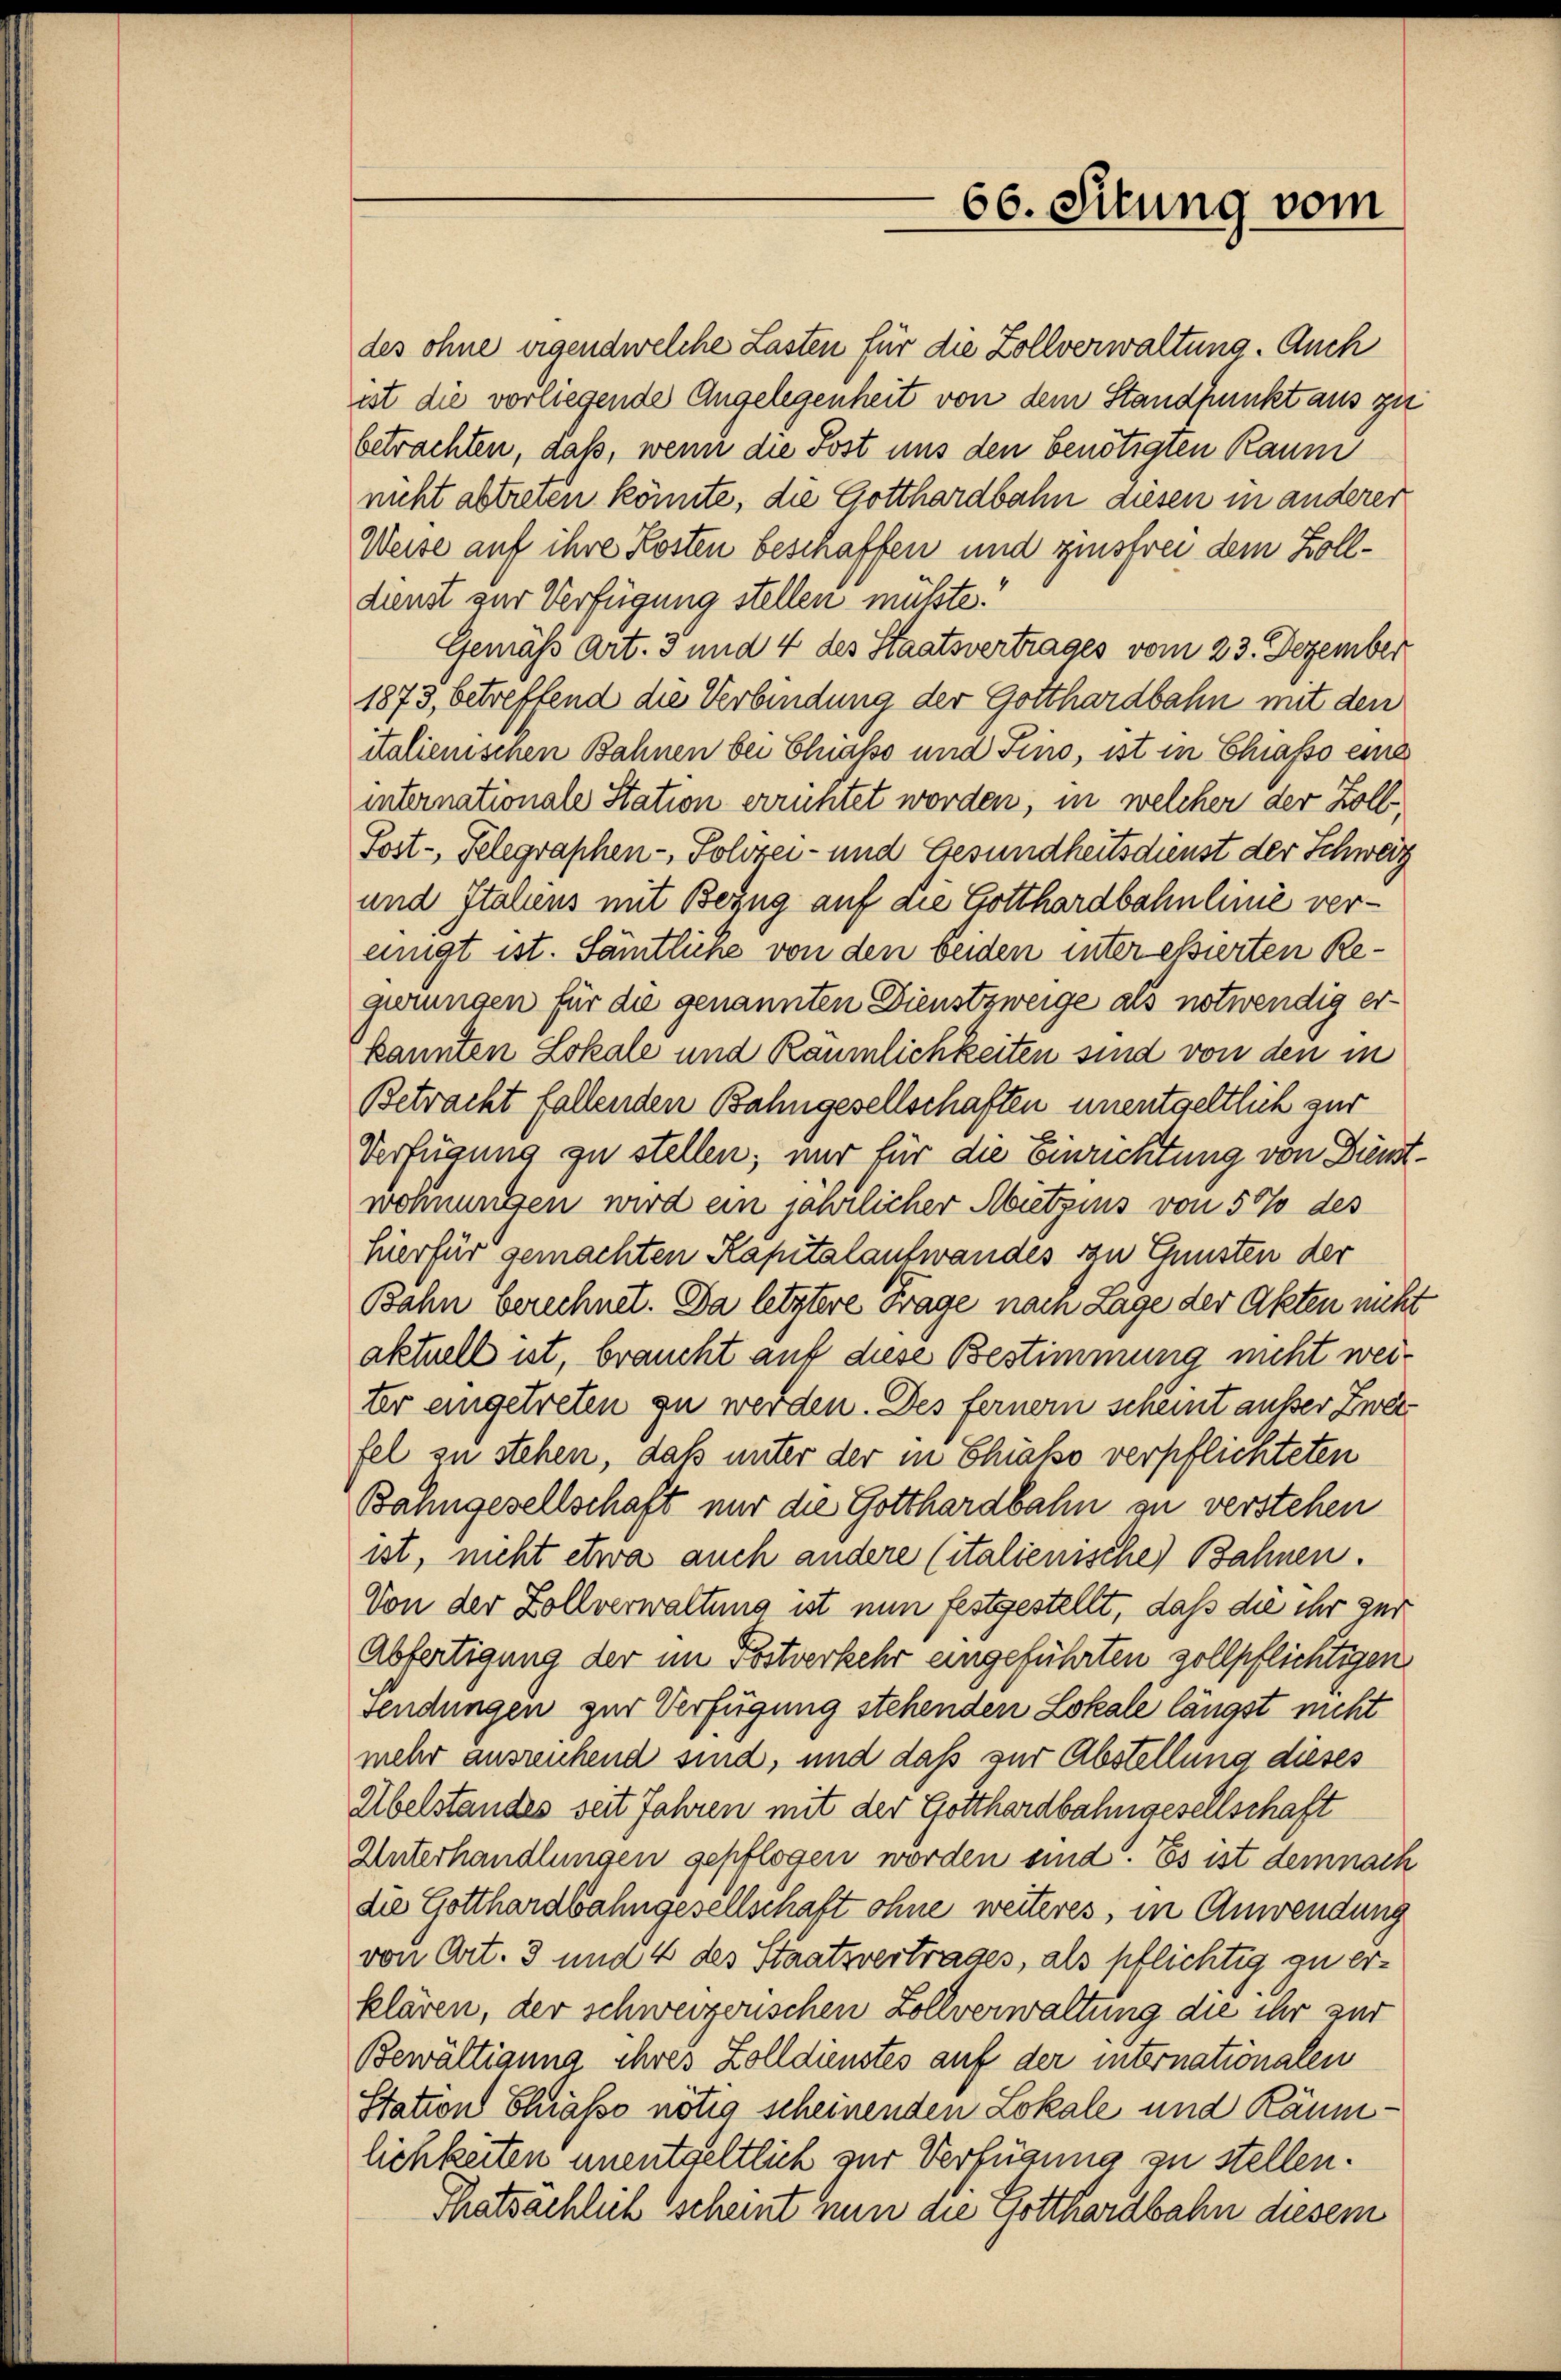
des ohne eigendwelche Lasten für die Zollverwaltung. Auch
ist die vorliegende Angelegenheit von dem Standpunkt aus zit
betrachten, daß, wenn die Post uns den benötigten Raum
nicht abtreten könnte, die Gotthardbahn diesen in anderer
Weise auf ihre Kosten beschaffen und zinsfrei dem Zolldienst zur Verfügung stellen müßte.
Gemäß Art. 3 und 4 des Staatsvertrages vom 23. Dezember
1873, betreffend die Verbindung der Gotthardbahn mit den
italienischen Bahnen bei Chiasso und Fino, ist in Chiasso eine
internationale Station errichtet worden, in welcher der Zoll¬
Sost-, Gelegraphen- Polizei- und Gesundheitsdienst der Schweiz
und Italiens mit Bezug auf die Gotthardbahnlinie vereinigt ist. Sämtliche von den beiden interessierten Regirungen für die genannten Dienstzweige als notwendig erkannten Lokale und Räumlichkeiten sind von den in
Betracht fallenden Bahngesellschaften unentgeltlich zur
Verfügung zu stellen; nur für die Einrichtung von Dienst.
wohnungen wird ein jährlicher Abietzins von 5% des
hierfür gemachten Kapitalantwandes zu Gunsten der
Bahn berechnet. Da letztere Frage nach Lage der Akten nicht
aktuell ist, braucht auf diese Bestimmung nicht weiter eingetreten zu werden. Des ferner scheint ausser Zweifel zu stehen, daß unter der in Chito verpflichteten
Bahngesellschaft nur die Gotthardbahn zu verstehen
ist, nicht etwa auch andere Citalienische Bahnen.
Von der Zollverwaltung ist nun festgestellt, daß die ihr zur
Abfertigung der im Postverkehr eingeführten zollpflichtigen
sendungen zur Verfügung stehenden Lokale längst nicht
mehr ausreichend sind, und daß zur Abstellung dieses
Übelstandes seit Jahren mit der Gotthardbahngesellschaft
Unterhandlungen gepflogen worden sind. Es ist demnach
die Gotthardbahngesellschaft ohne weiteres, in Anwendung
von Art. 3 und 4 des Staatsvertrages, als pflichtig zu erklären, der schweizerischen Zollverwaltung die ihr zur
Bewältigung ihres Zolldienstes auf der internationalen
Station Chrasso nötig scheinenden Lokale und Räumlichkeiten unentgeltlich zur Verfügung zu stellen.
Thatsächlich scheint nun die Gotthardbahn diesem

66. Situng vom